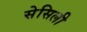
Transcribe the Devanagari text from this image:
सेसिली